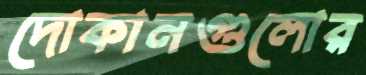
দোকানগুলোর